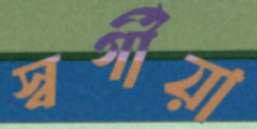
স্বর্গীয়া